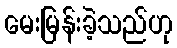
မေးမြန်းခဲ့သည်ဟု